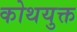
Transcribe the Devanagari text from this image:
कोथयुक्त